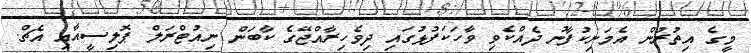
މީގެ އިތުރުން އެމަނިކުފާނު ދެއްކެވި ވާހަކަފުޅުގައި ދިވެހިރާއްޖޭގެ ކާބަން ނިއުޓްރަލް ޕޮލިސީއާއި އެޗް.